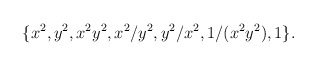
\begin{align*}\{x^2, y^2, x^2y^2, x^2/y^2, y^2/x^2, 1/(x^2y^2), 1\}.\end{align*}